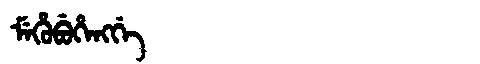
Manchu: ᠮᡝᡥᡠᠪᡠᡥᡝᠩᡤᡝ
Romanization: MEHUBUHENGGE